Report on vaccination in Madras 1904-1921 - 1904-1921
Year: 1904
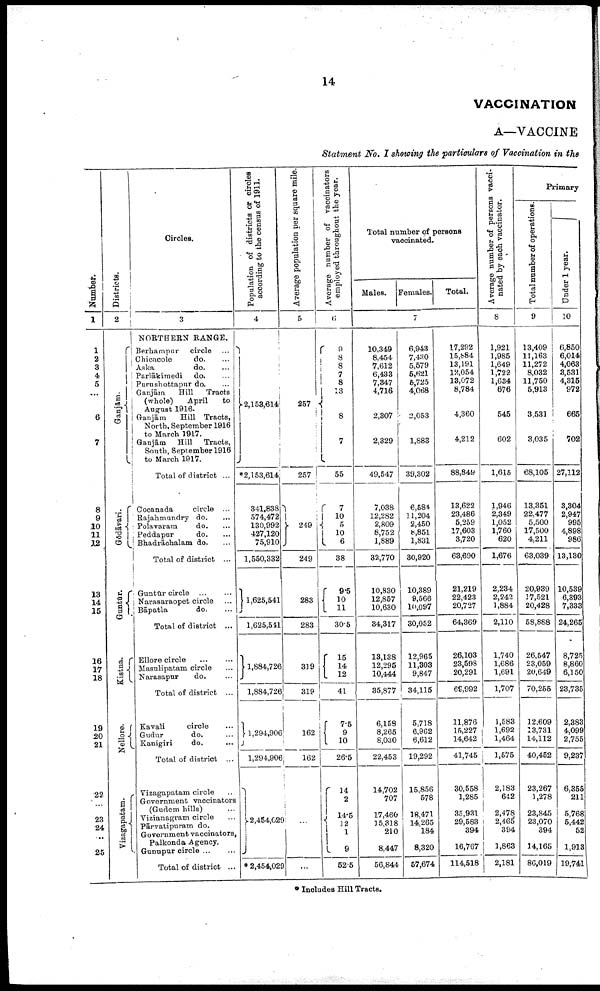
14
VACCINATION
A—VACCINE
Statment No. I showing the particulars of Vaccination in the
Number.
1
1
2
8
4
5
6
7
8
9
10
11
12
13
14
15
16
17
18
19
20
21
22
23
24
25
Districts.
2
Ganjām.
Gōdāvari.
Guntūr.
Kistna.
Nellore.
Vizagapatam.
Circles.
3
NORTHERN RANGE.
Berhampur circle ...
Chicacole
do. ...
Aska
do. ...
Parlākimedi do. ...
Purushottapur do. ...
Ganjām
Hill
Tracts
(whole)
April
to
August 1916.
Ganjām
Hill Tracts,
North, September 1916
to March 1917.
Ganjām Hill Tracts,
South, September 1916
to March 1917.
Total of district ...
Cocanada
circle ...
Rajahmundry do. ...
Polavaram
do. ...
Peddapur
do. ...
Bhadrāchalam do. ...
Total of district ...
Guntūr circle
...
...
Narasaraopet circle ...
Bāpatla
do. ...
Total of district ...
Ellore circle
...
...
Masulipatam circle ...
Narasapur
do. ...
Total of district ...
Kavali
circle ...
Gudur
do. ...
Kanigiri
do. ...
Total of district ...
Vizagapatam circle ...
Government vaccinators
(Gudem hills) ...
Vizianagram circle ...
Pārvatipuram do.
Government vaccinators,
Palkonda Agency.
Gunupur circle ... ...
Total of district ...
Population of districts or circles
according to the census of 1911.
4
2,153,614
*2,153,614
341,838
574,472
130,992
427,120
75,910
1,550,332
1,625,541
1,625,541
1,884,726
1,884,726
1,294,906
1,294,906
2,454,029
* 2,454,029
Average population per square mile.
5
257
257
249
249
283
283
319
319
162
162
...
...
Average number of vaccinators
employed throughout the year.
6
9
8
8
7
8
13
8
7
55
7
10
5
10
6
38
9.5
10
11
30.5
15
14
12
41
7.5
9
10
26.5
14
2
14.5
12
1
9
52.5
Total number of persons
vaccinated.
Males. Females.
Total.
7
10,349
8,454
7,612
6,433
7,347
4,716
2,307
2,329
49,547
7,038
12,282
2,809
8,752
1,889
32,770
10,830
12,857
10,630
34,317
18,138
12,295
10,444
35,877
6,158
8,265
8,030
22,453
14,702
707
17,460
15,318
210
8,447
56,844
6,943
7,430
5,579
5,621
5,725
4,068
2,053
1,883
39,302
6,584
11,204
2,450
8,851
1,831
30,920
10,389
9,566
10,097
30,052
12,965
11,303
9,847
34,115
5,718
6,962
6,612
19,292
15,856
578
18,471
14,265
184
8,320
57,674
17,292
15,884
13,191
12,054
13,072
8,784
4,360
4,212
88,849
13,622
23,486
5,259
17,603
3,720
63,690
21,219
22,423
20,727
64,369
26,103
23,598
20,291
69,992
11,876
15,227
14,642
41,745
30,558
1,285
35,931
29,583
394
16,767
114,518
Average number of persons vacci
nated by each vaccinator.
8
1,921
1,985
1,649
1,722
1,634
676
545
602
1,615
1,946
2,349
1,052
1,760
620
1,676
2,234
2,242
1,884
2,110
1,740
1,686
1,691
1,707
1,583
1,692
1,464
1,575
2,183
642
2,478
2,465
394
1,863
2,181
Primary
Total number of operations.
9
13,409
11,163
11,272
8,032
11,750
5,913
3,531
3,035
68,105
13,351
22,477
5,500
17,500
4,211
63,039
20,939
17,521
20,428
58,888
26,547
23,059
20,649
70,255
12,609
13,731
14,112
40,452
23,267
1,278
23,845
28,070
394
14,165
86,019
Under 1 year.
10
6,850
6,014
4,063
3,531
4,315
972
665
702
27,112
3,304
2,947
995
4,898
986
13,130
10,539
6,393
7,333
24,265
8,725
8,860
6,150
23,735
2,383
4,099
2,755
9,237
6,355
211
5,768
5,442
52
1,913
19,741
* Includes Hill Tracts.